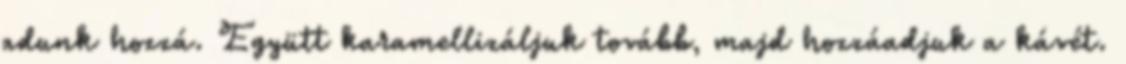
adunk hozzá. Együtt karamellizáljuk tovább, majd hozzáadjuk a kávét.